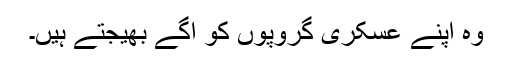
وہ اپنے عسکری گروپوں کو آگے بھیجتے ہیں۔